Civil Veterinary Dept. Bombay admin report 1893-99 - 1893-1899
Year: 1893
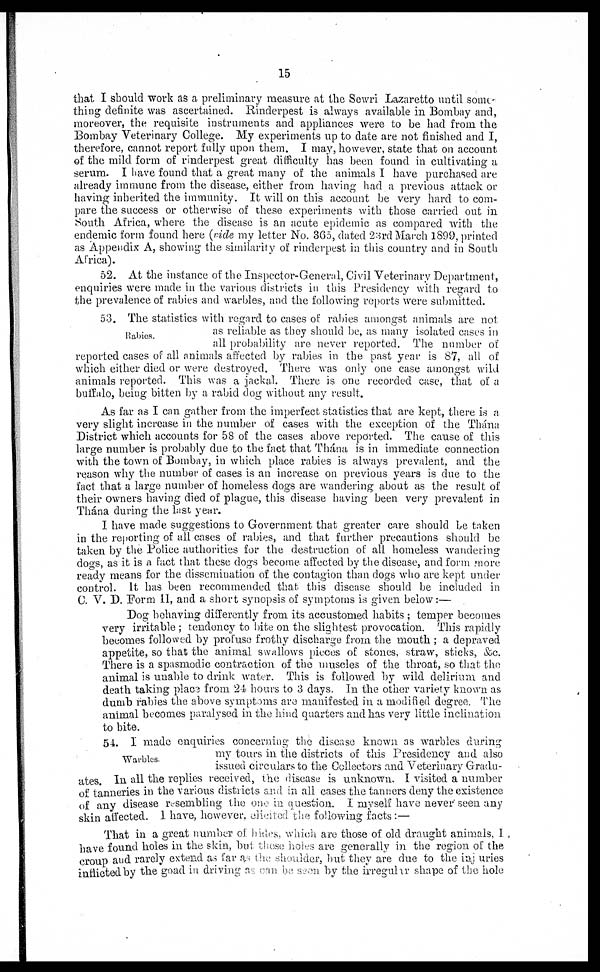
15
that I should work as a preliminary measure at the Sewri Lazaretto until some-
thing definite was ascertained. Rinderpest is always available in Bombay and,
moreover, the requisite instruments and appliances were to be had from the
Bombay Veterinary College. My experiments up to date are not finished and I,
therefore, cannot report fully upon them. I may, however, state that on account
of the mild form of rinderpest great difficulty has been found in cultivating a
serum. I have found that a great many of the animals I have purchased are
already immune from the disease, either from having had a previous attack or
having inherited the immunity. It will on this account be very hard to com-
pare the success or otherwise of these experiments with those carried out in
South Africa, where the disease is an acute epidemic as compared with the
endemic form found here (ride my letter No. 365, dated 23rd March 1899, printed
as Appendix A, showing the similarity of rinderpest in this country and in South
Africa).
52. At the instance of the Inspector-General, Civil Veterinary Department,
enquiries were made in the various districts in this Presidency with regard to
the prevalence of rabies and warbles, and the following reports were submitted.
Rabies.
53. The statistics with regard to cases of rabies amongst animals are not
as reliable as they should be, as many isolated cases in
all probability are never reported. The number of
reported cases of all animals affected by rabies in the past year is 87, all of
which either died or were destroyed. There was only one case amongst wild
animals reported. This was a jackal. There is one recorded case, that of a
buffalo, being bitten by a rabid dog without any result.
As far as I can gather from the imperfect statistics that are kept, there is a
very slight increase in the number of cases with the exception of the Thána
District which accounts for 58 of the cases above reported. The cause of this
large number is probably due to the fact that Thána is in immediate connection
with the town of Bombay, in which place rabies is always prevalent, and the
reason why the number of cases is an increase on previous years is due to the
fact that a large number of homeless dogs are wandering about as the result of
their owners having died of plague, this disease having been very prevalent in
Thána during the last year.
I have made suggestions to Government that greater care should be taken
in the reporting of all cases of rabies, and that further precautions should be
taken by the Police authorities for the destruction of all homeless wandering
dog's, as it is a fact that these dogs become affected by the disease, and form more
ready means for the dissemination of the contagion than dogs who are kept under
control. It has been recommended that this disease should be included in
C. V. D. Form II, and a short synopsis of symptoms is given below:—
Dog behaving differently from its accustomed habits; temper becomes
very irritable; tendency to bite on the slightest provocation. This rapidly
becomes followed by profuse frothy discharge from the mouth; a depraved
appetite, so that the animal swallows pieces of stones, straw, sticks, &c.
There is a spasmodic contraction of the muscles of the throat, so that the
animal is unable to drink water. This is followed by wild delirium and
death taking place from 24 hours to 3 days. In the other variety known as
dumb rabies the above symptoms are manifested in a modified degree. The
animal becomes paralysed in the hind quarters and has very little inclination
to bite.
Warbles.
54. I made enquiries concerning the disease known as warbles during
my tours in the districts of this Presidency and also
issued circulars to the Collectors and Veterinary Gradu-
ates. In all the replies received, the disease is unknown. I visited a number
of tanneries in the various districts and in all cases the tanners deny the existence
of any disease resembling the one in question. I myself have never seen any
skin affected. I have, however, elicited the following facts:—
That in a great number of hides, which are those of old draught animals, I
have found holes in the skin, but these holes are generally in the region of the
croup and rarely extend as far as the shoulder, but they are due to the injuries
inflicted by the goad in driving as can be seen by the irregular shape of the hole